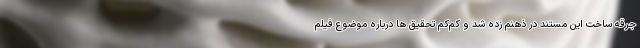
جرقه ساخت این مستند در ذهنم زده شد و کم‌کم تحقیق ها درباره موضوع فیلم